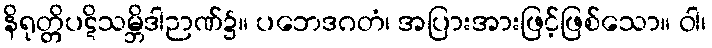
နိရုတ္တိပဋိသမ္ဘိဒါဉာဏ်၌။ ပဘေဒဂတံ၊ အပြားအားဖြင့်ဖြစ်သော။ ဝါ၊